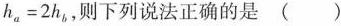
$$h _ { a } = 2 h _ { b }$$，则下列说法正确的是 ( )